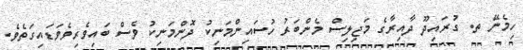
ހިމެނޭ ތ. ގުރައިދޫ ދާއިރާގެ މަޖިލިސް މެންބަރު ހުސައިންމަނިކު ދޮންމަނިކު ވެސް ބައިވެރިވެވަޑައިގަތެވެ.